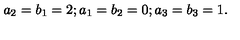
a _ { 2 } = b _ { 1 } = 2 ; a _ { 1 } = b _ { 2 } = 0 ; a _ { 3 } = b _ { 3 } = 1 .